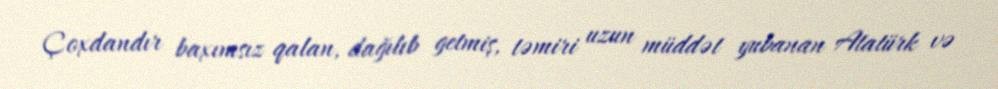
Çoxdandır baxımsız qalan, dağılıb getmiş, təmiri uzun müddət yubanan Atatürk və